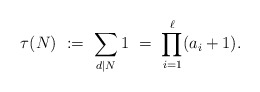
\begin{align*}\tau(N)\ :=\ \sum_{d|N} 1\ =\ \prod_{i=1}^\ell (a_i+1).\end{align*}